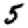
Digit: 5